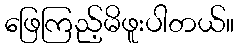
ဖြေကြည့်မိဖူးပါတယ်။